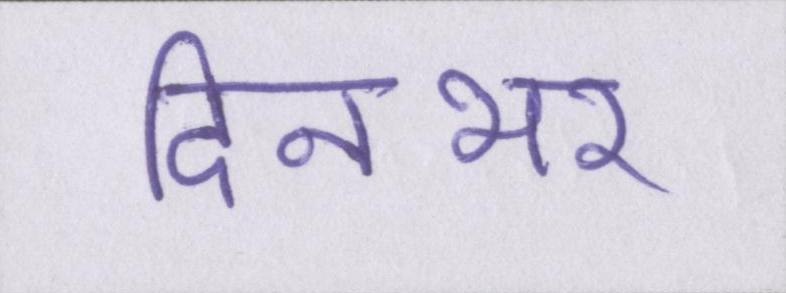
दिनभर